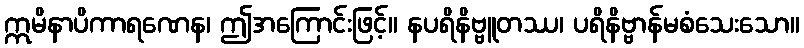
ဣမိနာပိကာရဏေန၊ ဤအကြောင်းဖြင့်။ နပရိနိဗ္ဗူတဿ၊ ပရိနိဗ္ဗာန်မစံသေးသော။